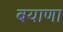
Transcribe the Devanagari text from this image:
बयाणा